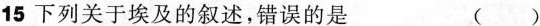
15下列关于埃及的叙述，错误的是 ()